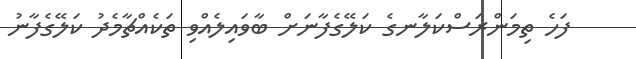
ފަހެ ތިމަންރަސްކަލާނގެ ކަލޭގެފާނަށް ބާވައިލެއްވި ތަކެއްޗާމެދު ކަލޭގެފާނު